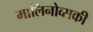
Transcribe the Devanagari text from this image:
मालिनोव्सकी